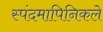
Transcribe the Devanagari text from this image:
स्पंदमापिनिकले